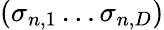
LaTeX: (\sigma_{n,1}\ldots\sigma_{n,D})